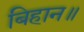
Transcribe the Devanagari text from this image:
बिहान॥